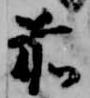
前